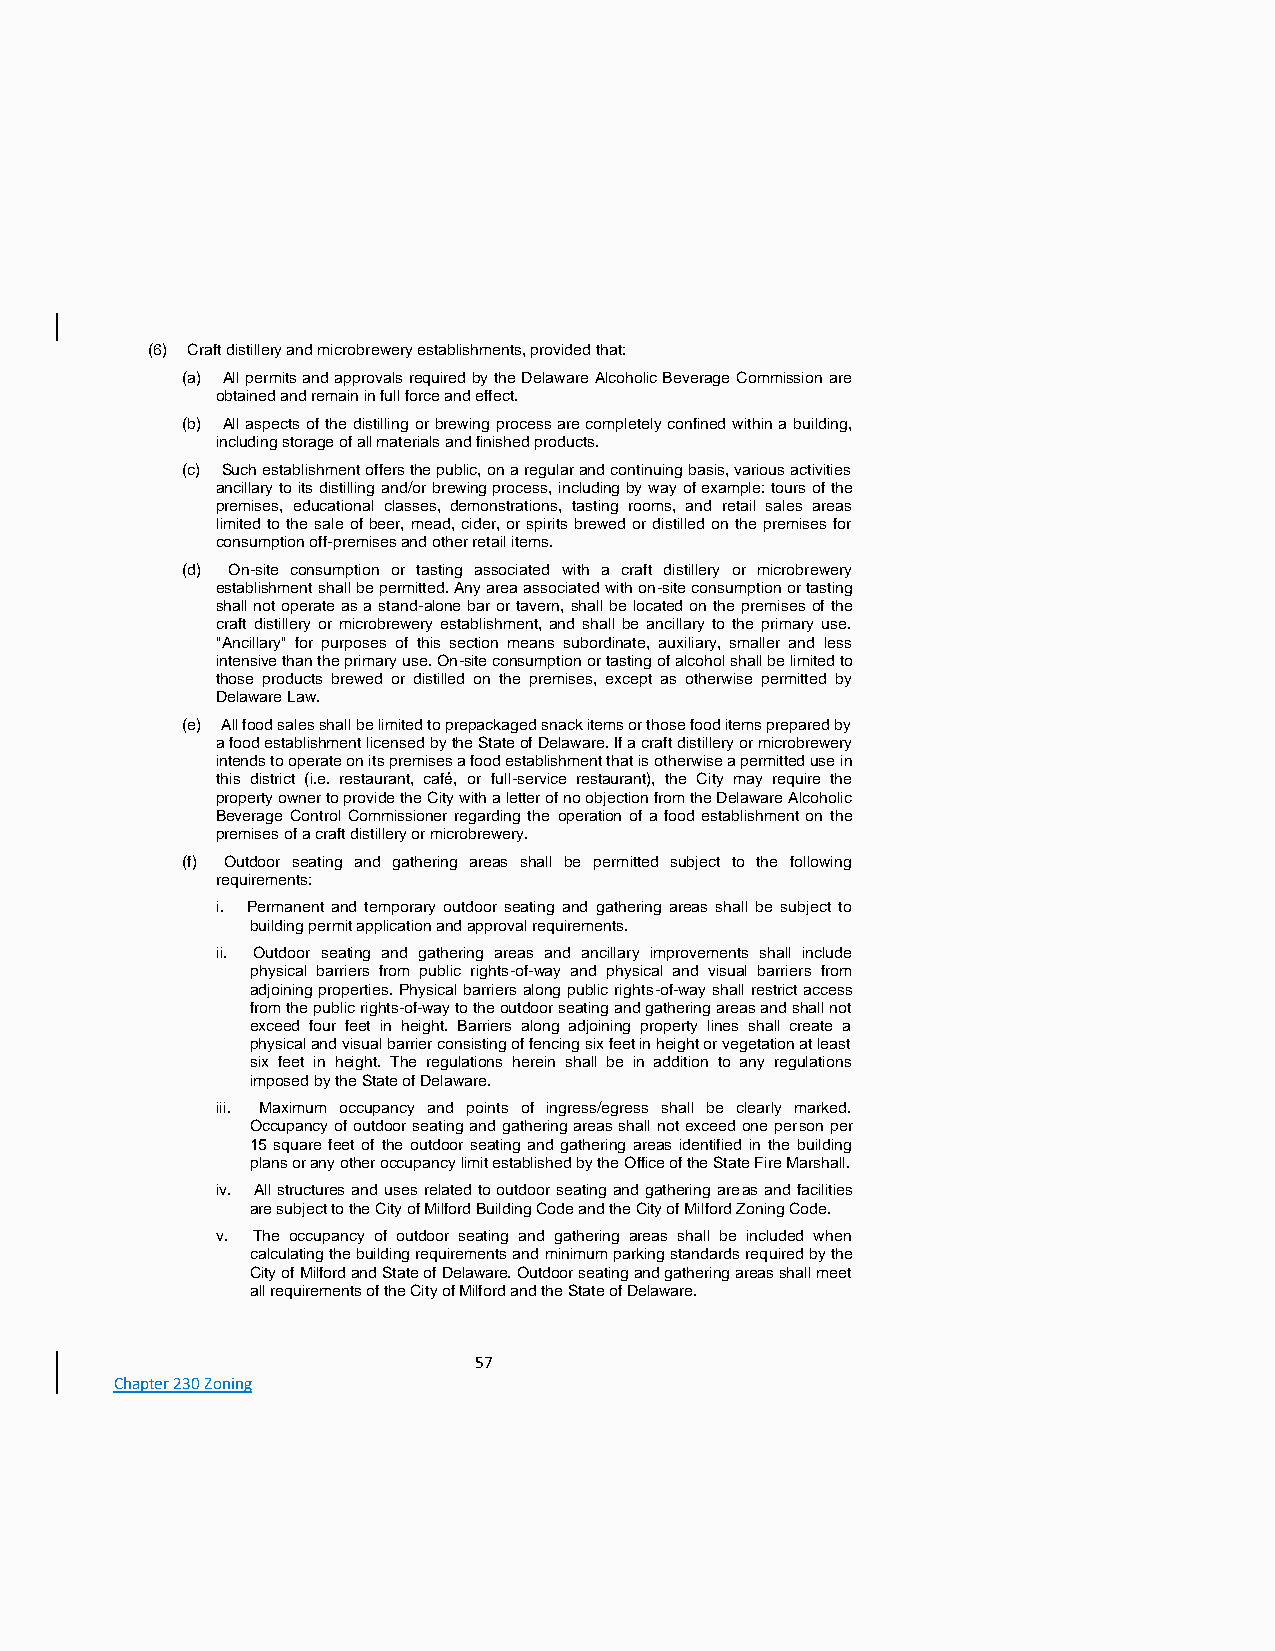
(6) Craft distillery and microbrewery establishments, provided that:
 (a) All permits and approvals required by the Delaware Alcoholic Beverage Commission are
 obtained and remain in full force and effect.
 (b) All aspects of the distilling or brewing process are completely confined within a building,
 including storage of all materials and finished products.
 (c) Such establishment offers the public, on a regular and continuing basis, various activities
 ancillary to its distilling and/or brewing process, including by way of example: tours of the
 premises, educational classes, demonstrations, tasting rooms, and retail sales areas
 limited to the sale of beer, mead, cider, or spirits brewed or distilled on the premises for
 consumption off-premises and other retail items.
 (d) On-site consumption or tasting associated with a craft distillery or microbrewery
 establishment shall be permitted. Any area associated with on-site consumption or tasting
 shall not operate as a stand-alone bar or tavern, shall be located on the premises of the
 craft distillery or microbrewery establishment, and shall be ancillary to the primary use.
 "Ancillary" for purposes of this section means subordinate, auxiliary, smaller and less
 intensive than the primary use. On-site consumption or tasting of alcohol shall be limited to
 those products brewed or distilled on the premises, except as otherwise permitted by
 Delaware Law.
 (e) All food sales shall be limited to prepackaged snack items or those food items prepared by
 a food establishment licensed by the State of Delaware. If a craft distillery or microbrewery
 intends to operate on its premises a food establishment that is otherwise a permitted use in
 this district (i.e. restaurant, café, or full-service restaurant), the City may require the
 property owner to provide the City with a letter of no objection from the Delaware Alcoholic
 Beverage Control Commissioner regarding the operation of a food establishment on the
 premises of a craft distillery or microbrewery.
 (f) Outdoor seating and gathering areas shall be permitted subject to the following
 requirements:
 i. Permanent and temporary outdoor seating and gathering areas shall be subject to
 building permit application and approval requirements.
 ii. Outdoor seating and gathering areas and ancillary improvements shall include
 physical barriers from public rights-of-way and physical and visual barriers from
 adjoining properties. Physical barriers along public rights-of-way shall restrict access
 from the public rights-of-way to the outdoor seating and gathering areas and shall not
 exceed four feet in height. Barriers along adjoining property lines shall create a
 physical and visual barrier consisting of fencing six feet in height or vegetation at least
 six feet in height. The regulations herein shall be in addition to any regulations
 imposed by the State of Delaware.
 iii. Maximum occupancy and points of ingress/egress shall be clearly marked.
 Occupancy of outdoor seating and gathering areas shall not exceed one person per
 15 square feet of the outdoor seating and gathering areas identified in the building
 plans or any other occupancy limit established by the Office of the State Fire Marshall.
 iv. All structures and uses related to outdoor seating and gathering areas and facilities
 are subject to the City of Milford Building Code and the City of Milford Zoning Code.
 v. The occupancy of outdoor seating and gathering areas shall be included when
 calculating the building requirements and minimum parking standards required by the
 City of Milford and State of Delaware. Outdoor seating and gathering areas shall meet
 all requirements of the City of Milford and the State of Delaware.
 57
 Chapter 230 Zoning